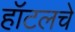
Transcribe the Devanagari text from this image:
हॉटलचे